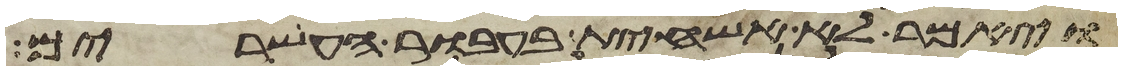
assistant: ויאמר לא אשחית בעבור העשרים